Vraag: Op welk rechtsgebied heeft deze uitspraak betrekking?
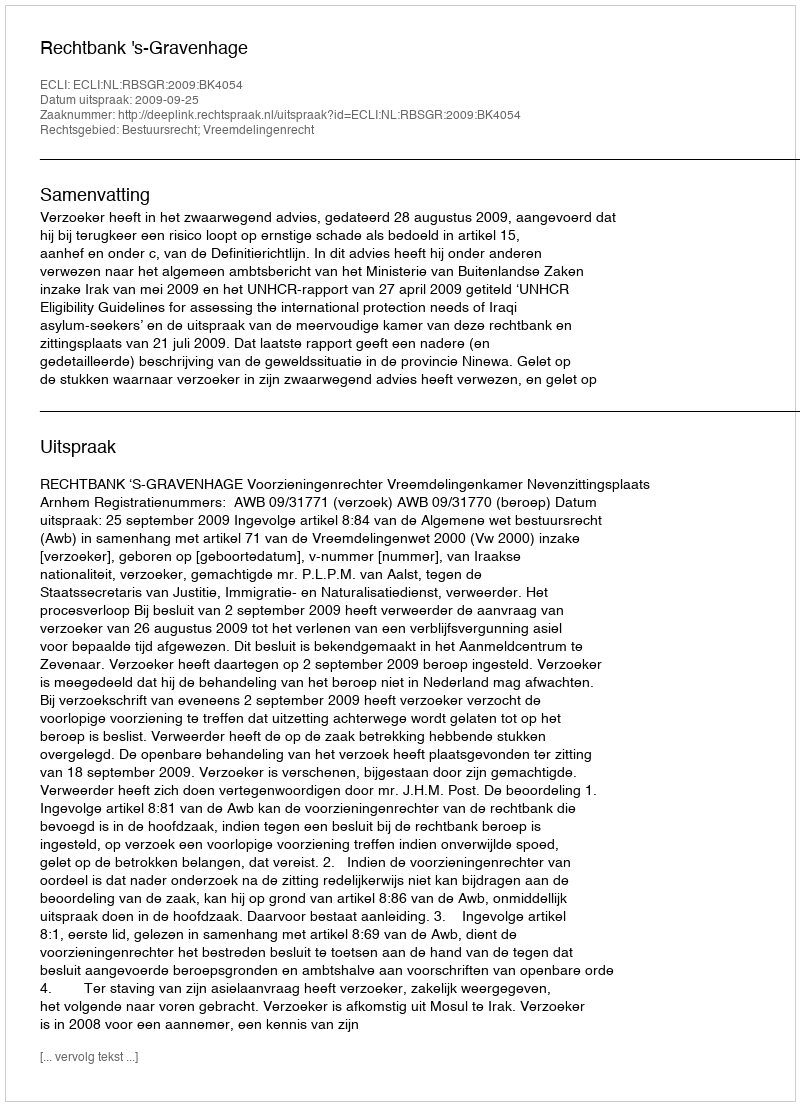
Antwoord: Bestuursrecht; Vreemdelingenrecht